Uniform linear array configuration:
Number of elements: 12
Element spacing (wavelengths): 0.5
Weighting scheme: blackman
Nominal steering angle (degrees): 45
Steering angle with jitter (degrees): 43.576
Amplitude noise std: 0.05
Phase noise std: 0.05

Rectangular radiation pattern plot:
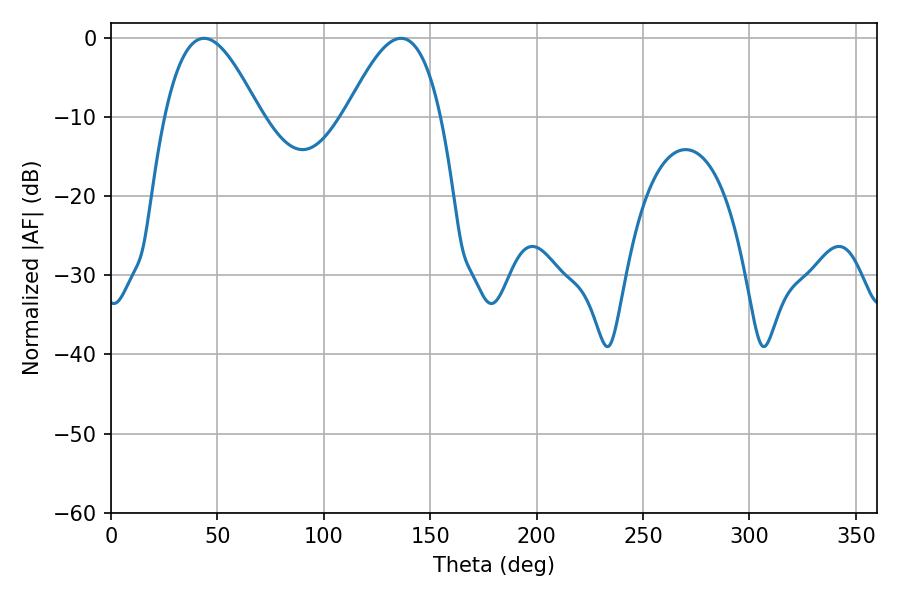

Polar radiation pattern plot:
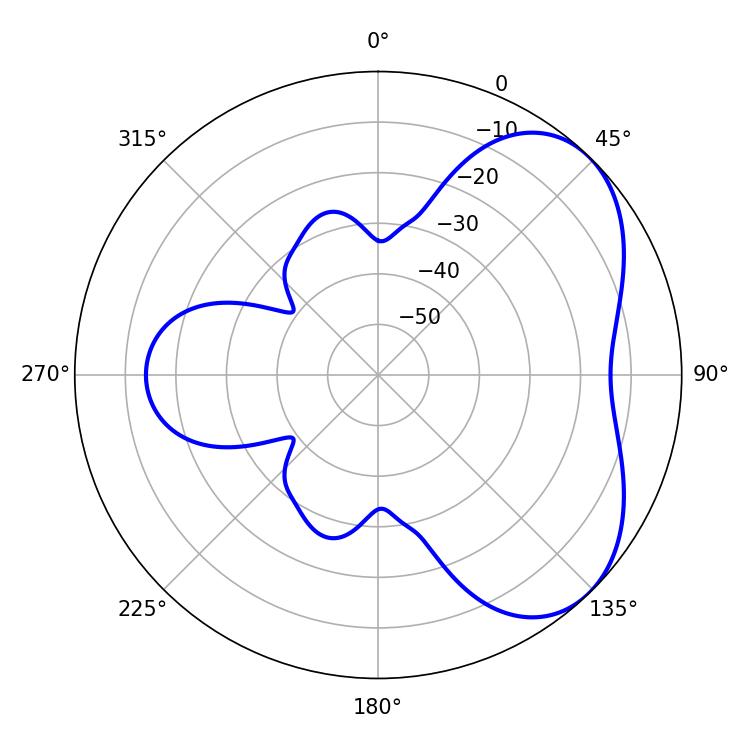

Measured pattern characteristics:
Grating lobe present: FALSE
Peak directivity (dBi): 4.832
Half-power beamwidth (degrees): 24.12
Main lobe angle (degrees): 43.74